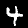
Digit: 4